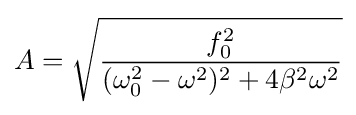
A={\sqrt {\frac {f_{0}^{2}}{(\omega _{0}^{2}-\omega ^{2})^{2}+4\beta ^{2}\omega ^{2}}}}